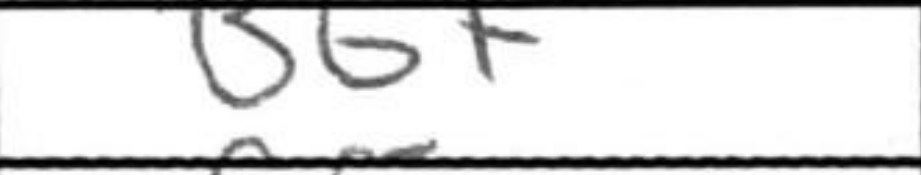
Transcription: Bb7